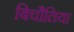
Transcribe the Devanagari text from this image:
बिचौलिया